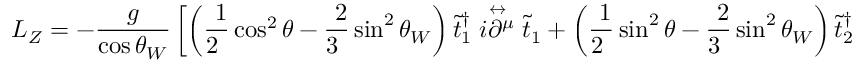
{ \cal L } _ { Z } = - \frac { g } { \cos \theta _ { W } } \left[ \left( \mathrm { \frac { ~ 1 } { 2 ~ } } \cos ^ { 2 } \theta - \mathrm { \frac { ~ 2 } { 3 ~ } } \sin ^ { 2 } \theta _ { W } \right) \tilde { t } _ { 1 } ^ { \dagger } \stackrel { \leftrightarrow } { i \partial ^ { \mu } } \tilde { t } _ { 1 } + \left( \mathrm { \frac { ~ 1 } { 2 ~ } } \sin ^ { 2 } \theta - \mathrm { \frac { ~ 2 } { 3 ~ } } \sin ^ { 2 } \theta _ { W } \right) \tilde { t } _ { 2 } ^ { \dagger } \stackrel { \leftrightarrow } { i \partial ^ { \mu } } \tilde { t } _ { 2 } \right.